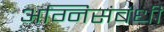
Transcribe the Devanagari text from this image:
अग्निसंबंधी